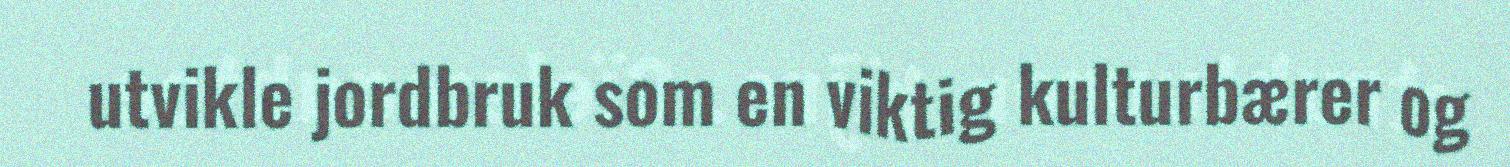
utvikle jordbruk som en viktig kulturbærer og